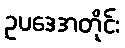
ဥပဒေအတိုင်း